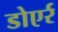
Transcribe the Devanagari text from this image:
डोएर्र